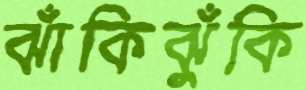
ঝাঁকিঝুঁকি